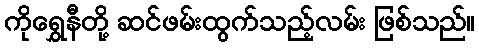
ကိုရွှေနီတို့ ဆင်ဖမ်းထွက်သည့်လမ်း ဖြစ်သည်။